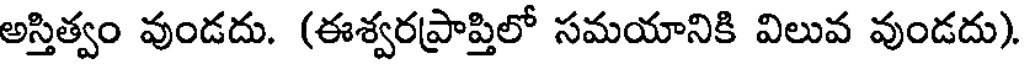
అస్తిత్వం వుండదు. (ఈశ్వరప్రాప్తిలో సమయానికి విలువ వుండదు).